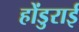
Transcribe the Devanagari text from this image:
होंडुराई